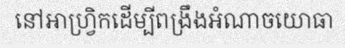
នៅអាហ្វ្រិកដើម្បីពង្រឹងអំណាចយោធា